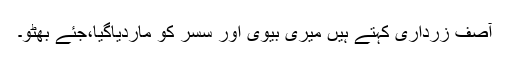
آصف زرداری کہتے ہیں میری بیوی اور سسر کو ماردیاگیا،جئے بھٹو۔